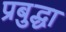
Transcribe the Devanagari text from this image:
प्रबुद्धा